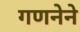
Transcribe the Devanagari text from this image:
गणनेने